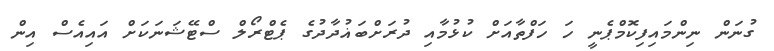
ގުނަން ނިންމައިފިކޮމްޕެނީ ހަ ހަފްތާއަށް ކުޅުމާއި ދުރަށްބަޣުދާދުގެ ޕެޓްރޯލް ސްޓޭޝަނަކަށް އައިއެސް އިން